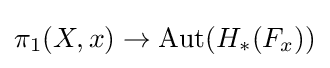
\pi _{1}(X,x)\to \operatorname {Aut} (H_{*}(F_{x}))